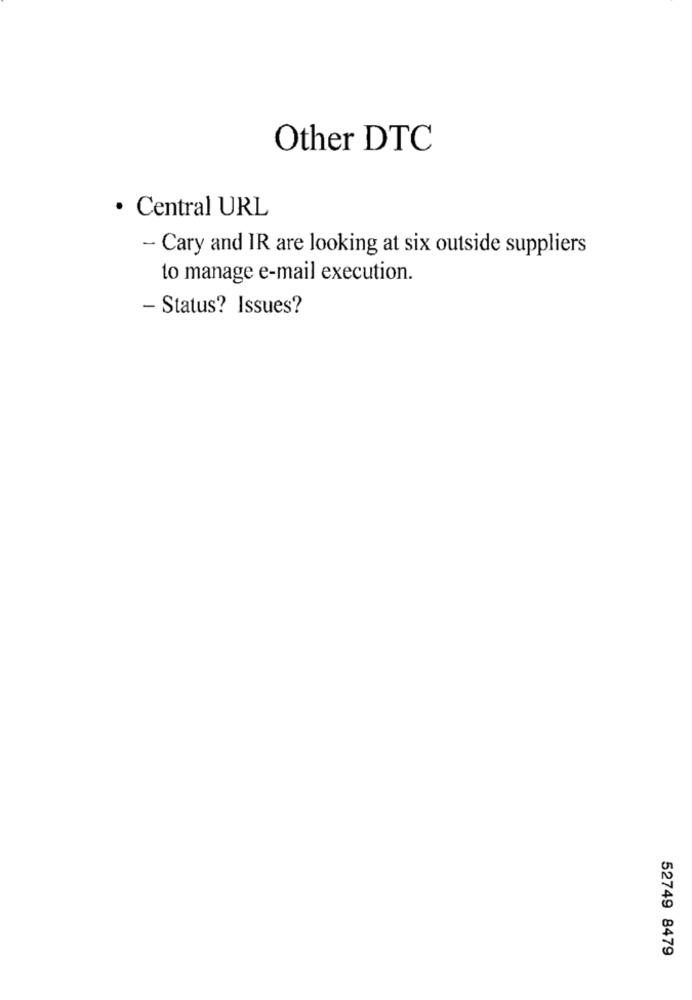
Other DTC
· Central URL
- Cary and IR are looking at six outside suppliers
to manage e-mail execution.
- Status? Issues?
52749 8479